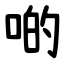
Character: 啲